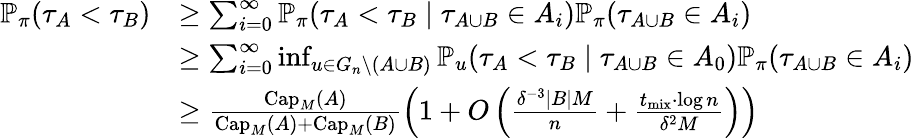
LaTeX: \begin{array}{rl}{\mathbb{P}_{\pi}\! \left(\tau_{A}<\tau_{B}\right)}&{\geq\sum_{i=0}^{\infty}\mathbb{P}_{\pi}\! \left(\tau_{A}<\tau_{B}\; \middle\vert\; \tau_{A\cup B}\in A_{i}\right)\mathbb{P}_{\pi}\! \left(\tau_{A\cup B}\in A_{i}\right)}\\ &{\geq\sum_{i=0}^{\infty}\operatorname*{inf}_{u\in G_{n}\setminus(A\cup B)}\mathbb{P}_{u}\! \left(\tau_{A}<\tau_{B}\; \middle\vert\; \tau_{A\cup B}\in A_{0}\right)\mathbb{P}_{\pi}\! \left(\tau_{A\cup B}\in A_{i}\right)}\\ &{\geq\frac{\mathrm{Cap}_{M}(A)}{\mathrm{Cap}_{M}(A)+\mathrm{Cap}_{M}(B)}\left(1+O\left(\frac{\delta^{-3}|B|M}{n}+\frac{t_{\mathrm{mix}}\cdot\log n}{\delta^{2}M}\right)\right)}\end{array}